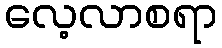
လေ့လာစရာ